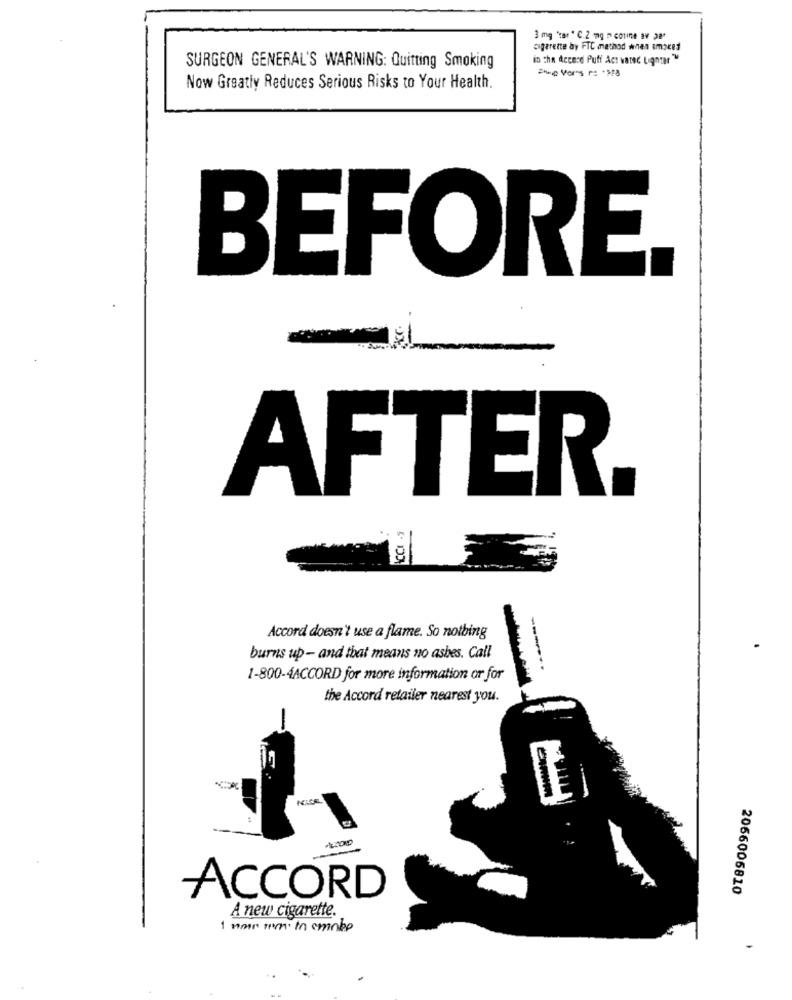
3 mg 'tar " C.2 mg m couine av 38
cigarette by FTC method when amoces
in the Accese Puff Act varad Lignear
SURGEON GENERAL'S WARNING: Quitting Smoking
Now Greatly Reduces Serious Risks to Your Health.
BEFORE.
AFTER.
8
Accord doesn't use a flame. So nothing
burns up- and that means no ashes. Call
-----
1-800-4ACCORD for more information or for
the Accord retailer nearest you.
2066006810
ACCORD
A new cigarette.
1 non time in emobe